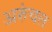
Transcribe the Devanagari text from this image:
अरुंचल